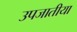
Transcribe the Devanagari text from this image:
उपजातीया